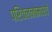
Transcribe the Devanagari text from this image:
परिवलनामध्ये